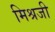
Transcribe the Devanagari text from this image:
मिश्रजी